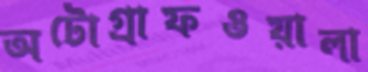
অটোগ্রাফওয়ালা